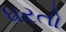
ધરતો